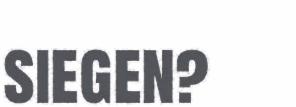
siegen?